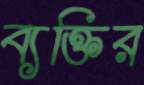
ব্যক্তির